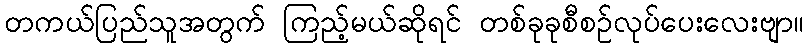
တကယ်ပြည်သူအတွက် ကြည့်မယ်ဆိုရင် တစ်ခုခုစီစဉ်လုပ်ပေးလေးဗျာ။